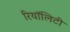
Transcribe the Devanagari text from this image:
रियॉलिटी